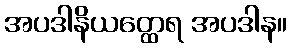
အပဒါနိယတ္ထေရ အပဒါန။